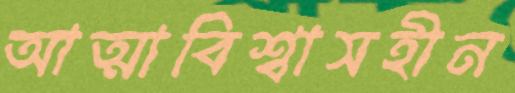
আত্মাবিশ্বাসহীন